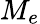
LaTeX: M_{e}